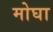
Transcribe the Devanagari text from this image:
मोघा